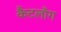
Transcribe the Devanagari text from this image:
कैटलाँग